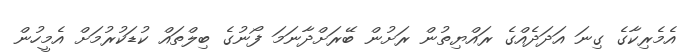
އެމެރިކާގެ ގިނަ އަދަދެއްގެ ރައްޔިތުން ރަށުން ބޭރަށްދާނަމަ ފޯނުގެ ބިލްތައް ކުޑަކުރުމަށް އެމީހުން